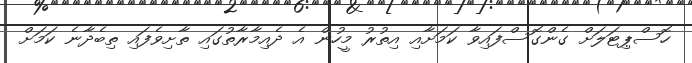
ހޮސްޕިޓަލަށް ގެންގޮސްފައިވާ ކަމަށާއި އިތުރު މީހުން އެ ދެއިމާރާތުގައި ތާށިވެފައި ތިބެދާނެ ކަމަށް